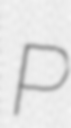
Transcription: P